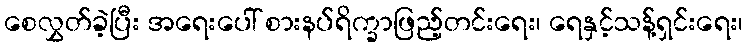
စေလွှတ်ခဲ့ပြီး အရေးပေါ် စားနပ်ရိက္ခာဖြည့်တင်းရေး၊ ရေနှင့်သန့်ရှင်းရေး၊